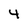
Character: 4